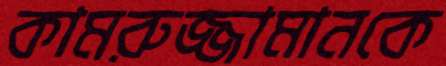
কামরুজ্জামানকে